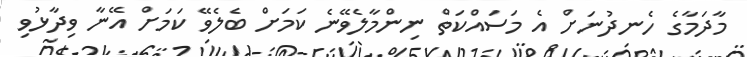
މާދަމާގެ ހެނދުނަށް އެ މަސައްކަތް ނިންމާލެވޭނެ ކަމަށް ބެލެވޭ ކަމަަށް އޭނާ ވިދާޅުވި